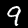
Label: 9